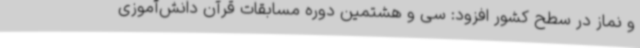
و نماز در سطح کشور افزود: سی و هشتمین دوره مسابقات قرآن دانش‌آموزی